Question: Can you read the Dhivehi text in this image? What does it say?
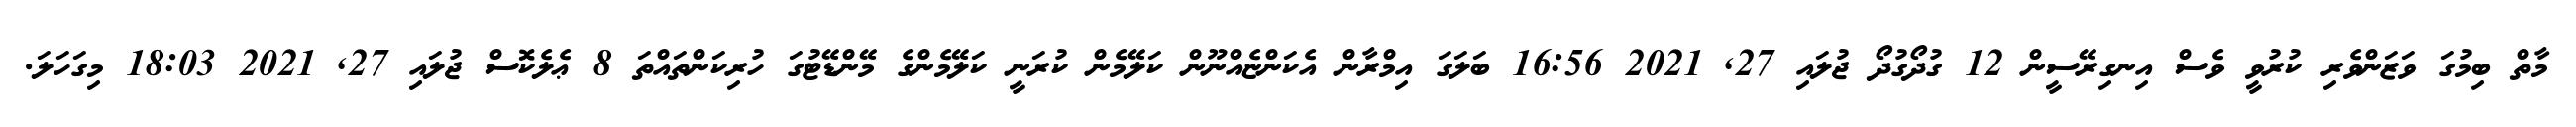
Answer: މާތް ބިމުގަ ވަޒަންވެރި ކުރުވީ ވެސް އިނގިރޭސީން 12 ގުދޯގުދޯ ޖުލައި 27, 2021 16:56 ބަލަގަ އިމްރާން އެކަންޏެއްނޫން ކަލޭމެން ކުރަނީ ކަލޭމެންގެ މޭންޑޭޓުގަ ހުރިކަންތައްތަ 8 ޢެލެކޮސް ޖުލައި 27, 2021 18:03 މިގަހަލަ.